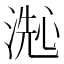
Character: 𬈞